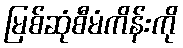
မြစ်ဆုံစီမံကိန်းကို